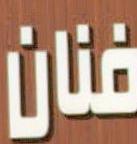
فنان